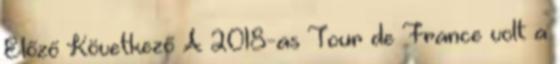
Előző Következő A 2018-as Tour de France volt a